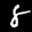
Label: 8